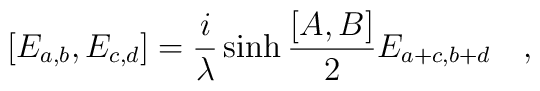
[E_{a,b}, E_{c,d}]={i \over \lambda }\sinh{{[A,B] \over 2}}E_{a+c,b+d}\quad ,